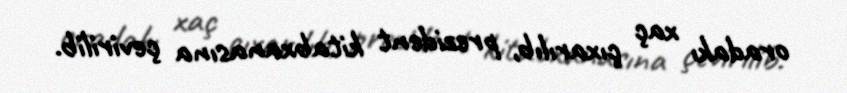
oradakı xaç çıxarılıb, prezident kitabxanasına çevirilib.